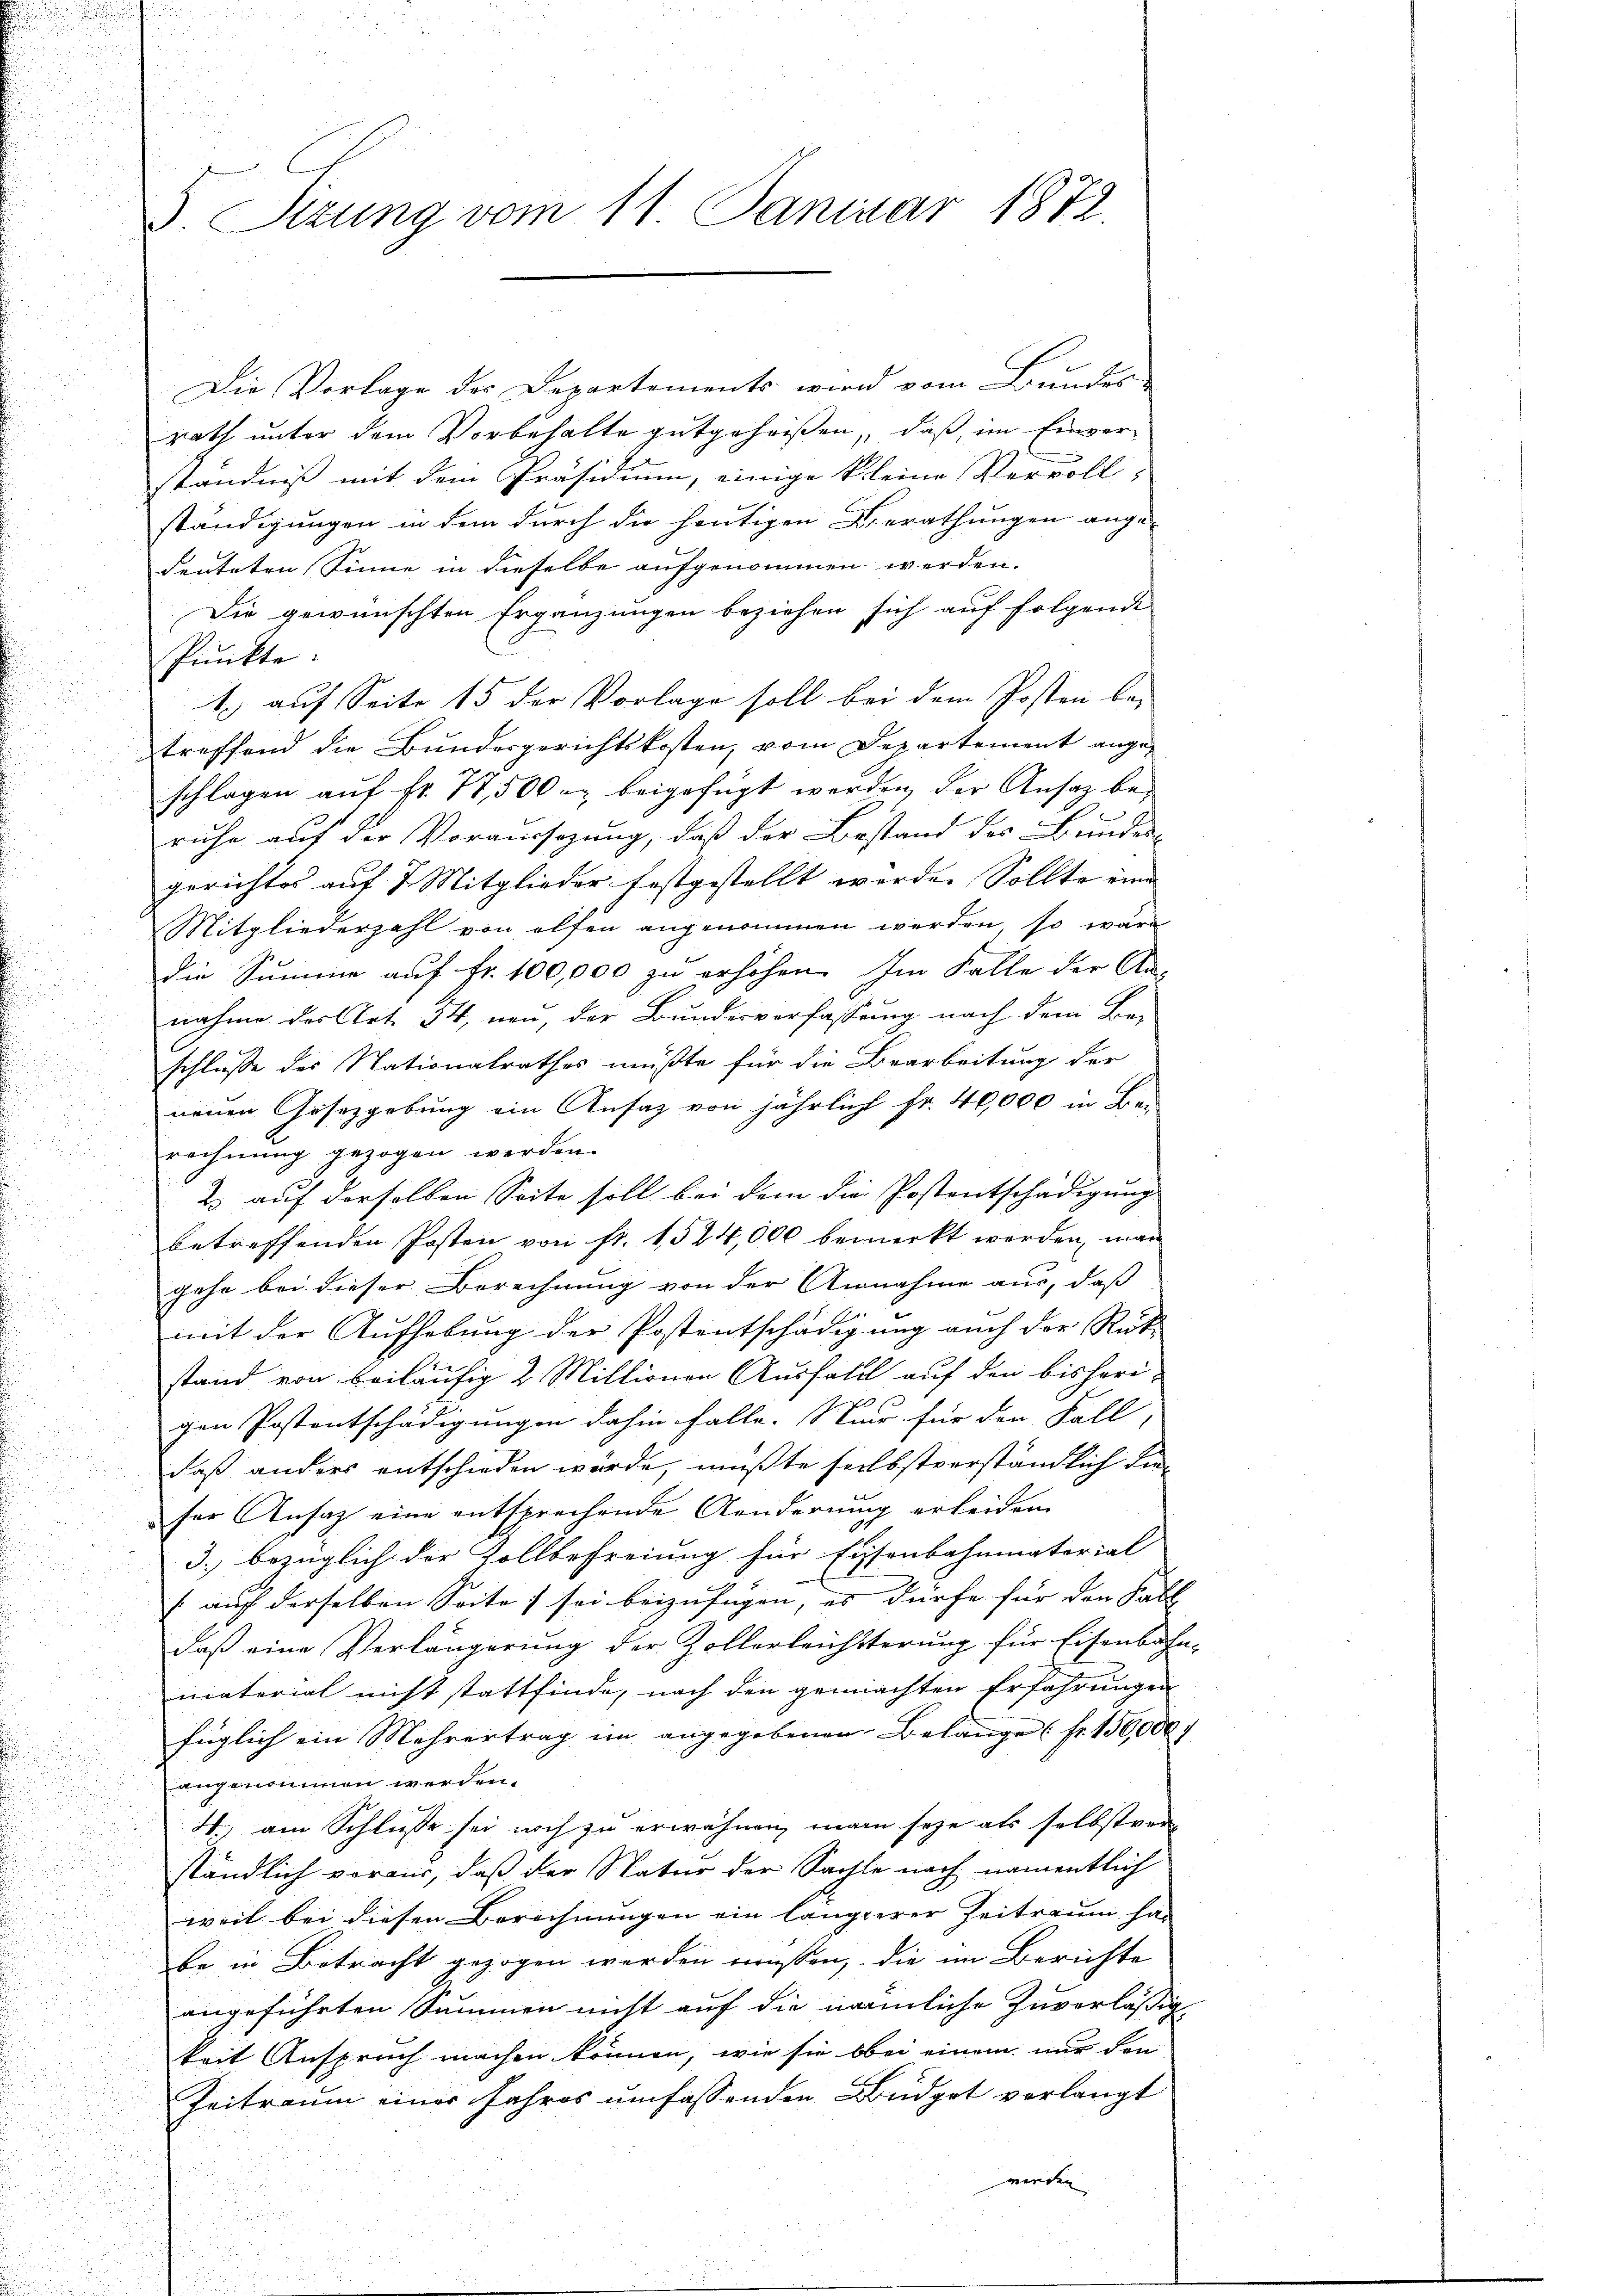
8. Sizung vom 11. Januar 1872.

Die Vorlage des Departements wird vom Bundes-
rath unter dem Vorbehalte gutgeheißen, daß im Einver-
ständniß mit dem Präsidium, einige kleine Vervoll-
ständigungen in dem durch die heutigen Berathungen ange-
deuteten Sinne in dieselbe aufgenommen werden.
Die gewünschten Ergänzungen beziehen sich auf folgende
Punkte.
1) auf Seite 15 der Vorlage soll bei dem Posten bei
treffend die Bundesgerichtskosten, vom Departement ange-
schlagen auf fr. 77,500 r. beigefügt werden, der Ansatz beruhe auf der Voraussezung, daß der Bestand des Bunder-
gerichtes auf 7 Mitglieder festgestellt werden Sollte eine
Mitgliederzahl von elfen angenommen werden, so wäre
Die Summe auf Fr. 100,000 zu erhöhen. Im Falle der An-
nahme der Art. 54, non, der Bundesverfassung nach dem Be¬
u
schlusse der Nationalrathes müßte für die Bearbeitung der
neuen Gesetzgebung ein Ansaz von jährlich Fr. 40,000 in Be-
rechnung gezogen werden.
2. auf derselben Seite soll bei dem die Postentschädigung |
betreffenden Posten von fr. 1524,000 bemerkt werden, man
gehe bei dieser Berechnung von der Annahme aus, daß
mit der Aufhebung der Postentschädigung auch der Rück-
stand von beiläufig 2 Millionen Ausfall auf den bisheri-
 f 0 x
gen Postentschädigungen dahin falle. Stier für den Fall, |
daß anders entschieden würde, mußte selbstverständlich dieser Ansatz eine entsprechende Aenderung erleiden
3. bezüglich der Zollbefreiung für Eisenbahnmaterial
[auf derselben Seites sei beizufügen, es dürfe für den Fall
daß eine Verlängerung der Zollerleichsterung für Eisenbahn-
matorial nicht stattfinde, nach den gemachten Erfahrungen
füglich ein Mehrertrag im angegebenen Belange (Fr. 150,000 f
angenommen werden.
4) am Schlusse sei noch zu erwähnen, man seye als selbstver-
ständlich voraus, daß der Natur der Sachte nach namentlich
weil bei diesen Berechnungen ein längerer Zeitraum ha
be in Betracht gezogen werden müssen, die im Berichte
angeführten Summen nicht auf die nämliche Zuverläßigkeit Anspruch machen können, wie sie obei einem nur den
Zeitraum einer Jahres umfassenden Büdget verlangt
wieden